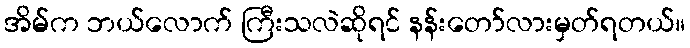
အိမ်က ဘယ်လောက် ကြီးသလဲဆိုရင် နန်းတော်လားမှတ်ရတယ်။